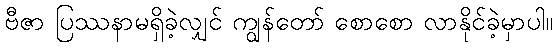
ဗီဇာ ပြဿနာမရှိခဲ့လျှင် ကျွန်တော် စောစော လာနိုင်ခဲ့မှာပါ။